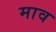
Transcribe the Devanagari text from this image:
माव